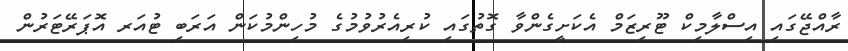
ރާއްޖޭގައި އިސްލާމިކް ޓޫރިޒަމް އެކަށީގެންވާ ގޮތުގައި ކުރިއެރުވުމުގެ މުހިންމުކަން އަރަބި ޓުއަރ އޮޕަރޭޓަރުން